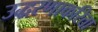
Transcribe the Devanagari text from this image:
उद्धरणाकरिता